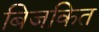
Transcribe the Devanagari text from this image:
बिजकित